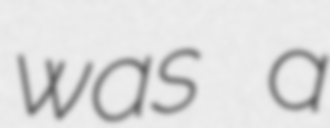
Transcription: was a